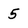
Character: 5